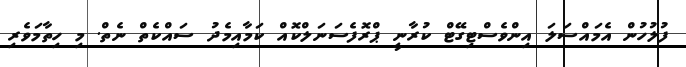
ފުލުހުން އެމައްސަލަ އިންވެސްޓިގޭޓް ކުރާނީ ޕްރޮފެސަނަލްކޮއް ކަމާއިމެދު ސައްކެތް ނެތް. މި ހިތާމަވެރި